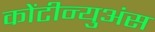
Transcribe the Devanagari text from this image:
कोंटीन्युअंस